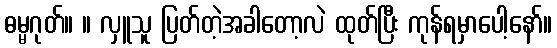
ဓမ္မဂုတ်။ ။ လှူသူ ပြတ်တဲ့အခါတော့လဲ ထုတ်ပြီး ကုန်ရမှာပေါ့နော်။